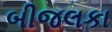
બીજલકા